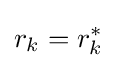
r_{k}=r_{k}^{*}